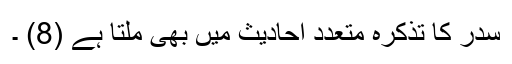
سدر کا تذکرہ متعدد احادیث میں بھی ملتا ہے (8) ۔